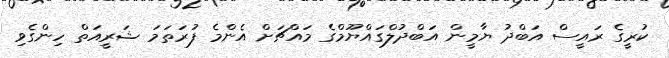
ކުރީގެ ރައީސް އަބްދު ޔާމީން އަބްދުލްގައްޔޫމްގެ މައްޗަށް އެންމެ ފުރަތަމަ ޝަރީއަތް ހިންގެވި